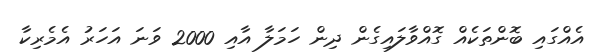
އެއްގައި ބޮންތަކެއް ގޮއްވާލައިގެން ދިން ހަމަލާ އާއި 2000 ވަނަ އަހަރު އެމެރިކާ